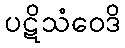
ပဋိသံဝေဒိ